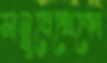
মানুষেখেকো